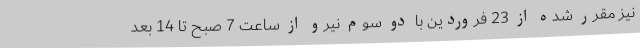
نیز مقرر شده از 23 فروردین با دو سوم نیرو از ساعت 7 صبح تا 14 بعد